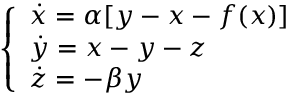
\left\{ \begin{array} { l l } { \dot { x } = \alpha [ y - x - f ( x ) ] } \\ { \dot { y } = x - y - z } \\ { \dot { z } = - \beta y } \end{array} \right.